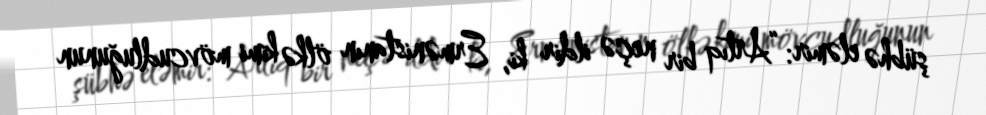
şübhə eləmir: “Artıq bir neçə ildir ki, Ermənistanın ölkə kimi mövcudluğunun